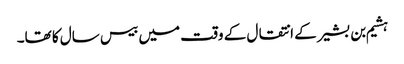
ہشیم بن بشیر کے انتقال کے وقت میں بیس سال کا تھا۔